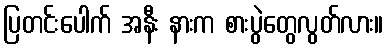
ပြတင်းပေါက် အနီး နားက စားပွဲတွေလွတ်လား။